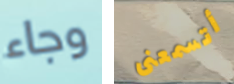
وجاء أتسمعنى